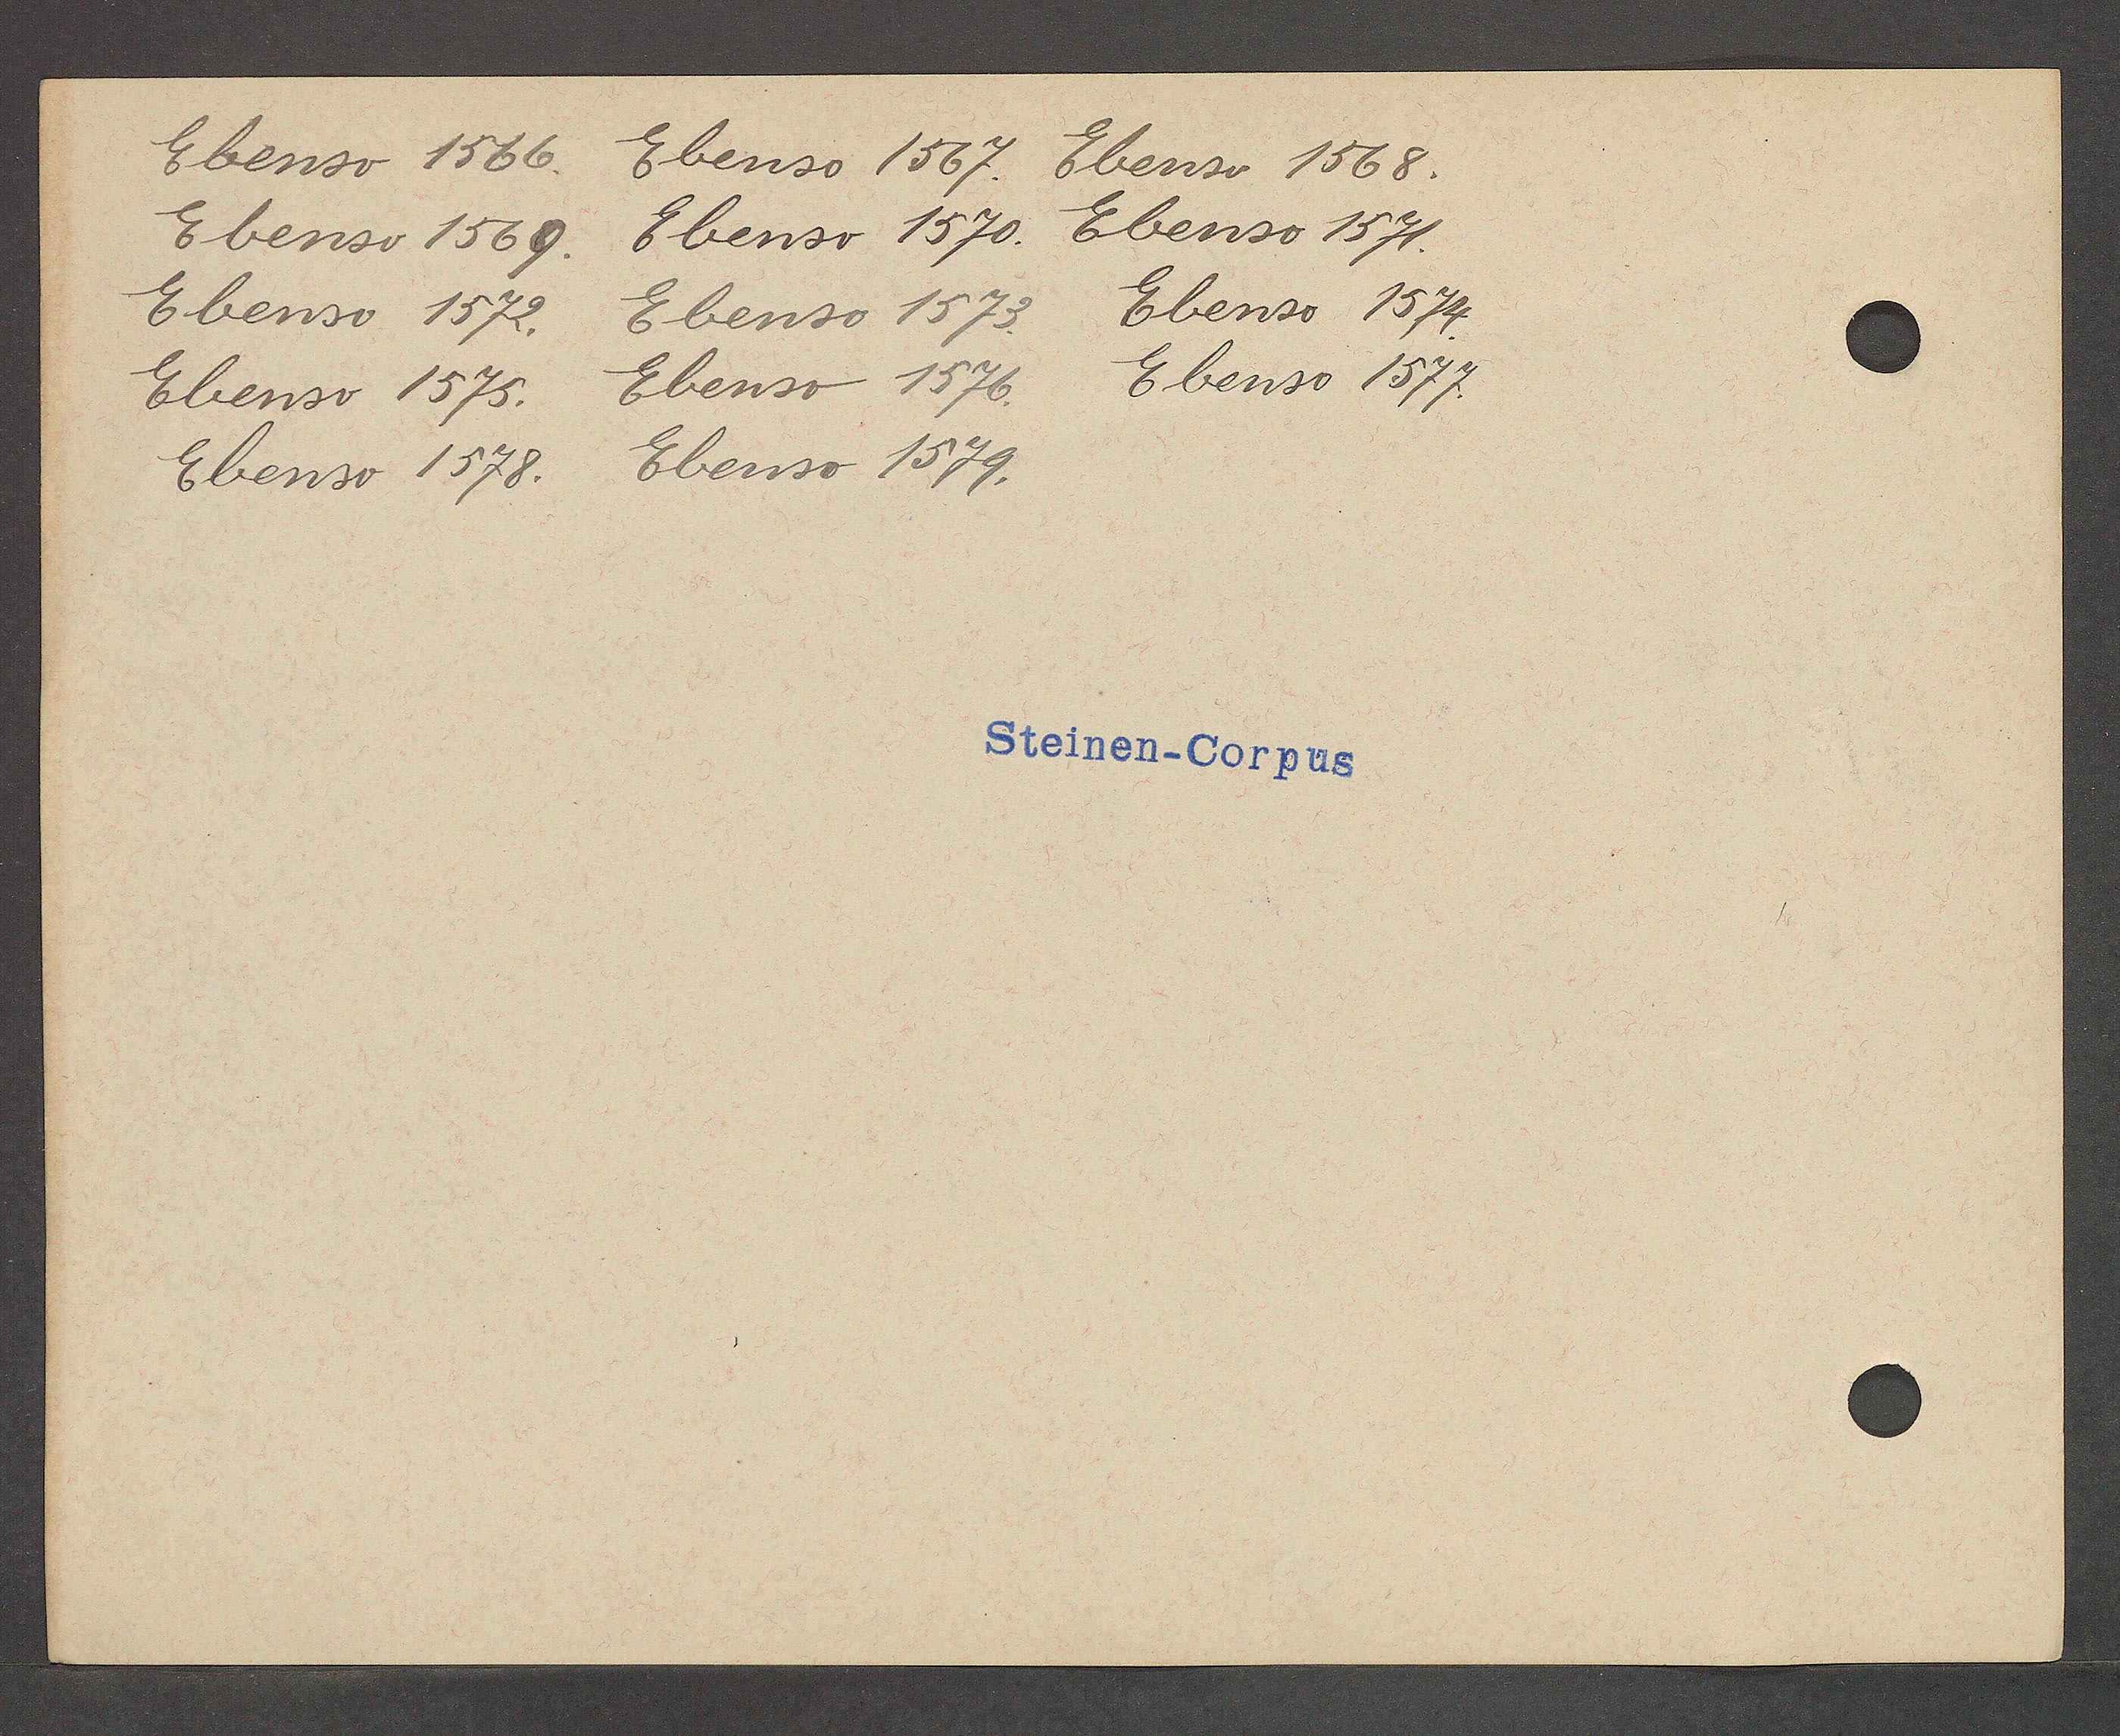
Transcript:
Ebenso 1566.
Ebenso 1567
Ebenso 1568.
Ebenso 1569.
Ebenso 1570.
Ebenso 1571.
Ebenso 1572.
Ebenso 1573.
Ebenso 1574
Ebenso 1575.
Ebenso 1576.
Ebenso 1577.
Ebenso 1578.
Ebenso 1579.

Steinen-Corpus